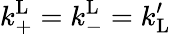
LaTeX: k_{\mathrm{+}}^{\mathrm{L}}=k_{\mathrm{-}}^{\mathrm{L}}=k_{\mathrm{L}}^{\prime}